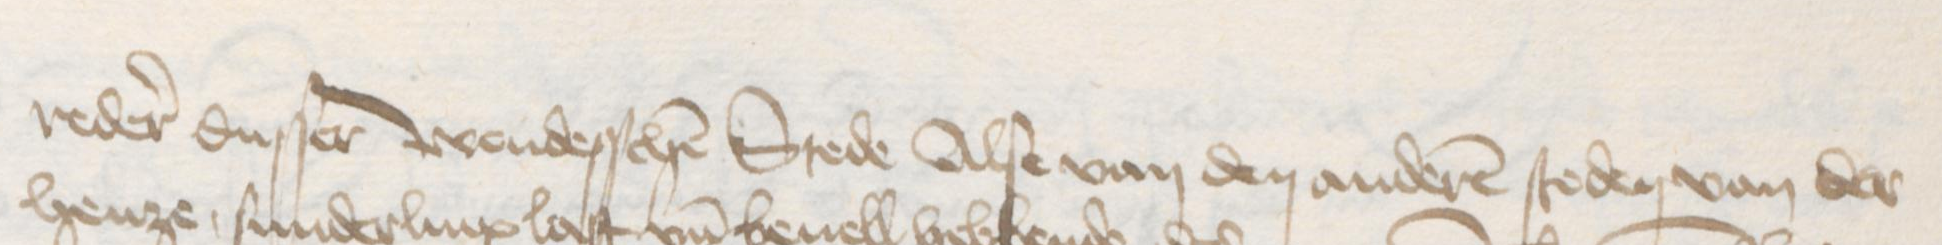
reder dusser wendesschen Stede Alse van den anderen steden van der